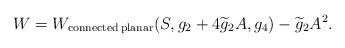
LaTeX: \begin{align*}W = W_{{\rm connected\,planar}}(S,g_2+ 4 \widetilde{g}_2 A,g_4) - \widetilde{g}_2A^2.\end{align*}